Tartu_pedagoogiumi_aruanded, lk 20
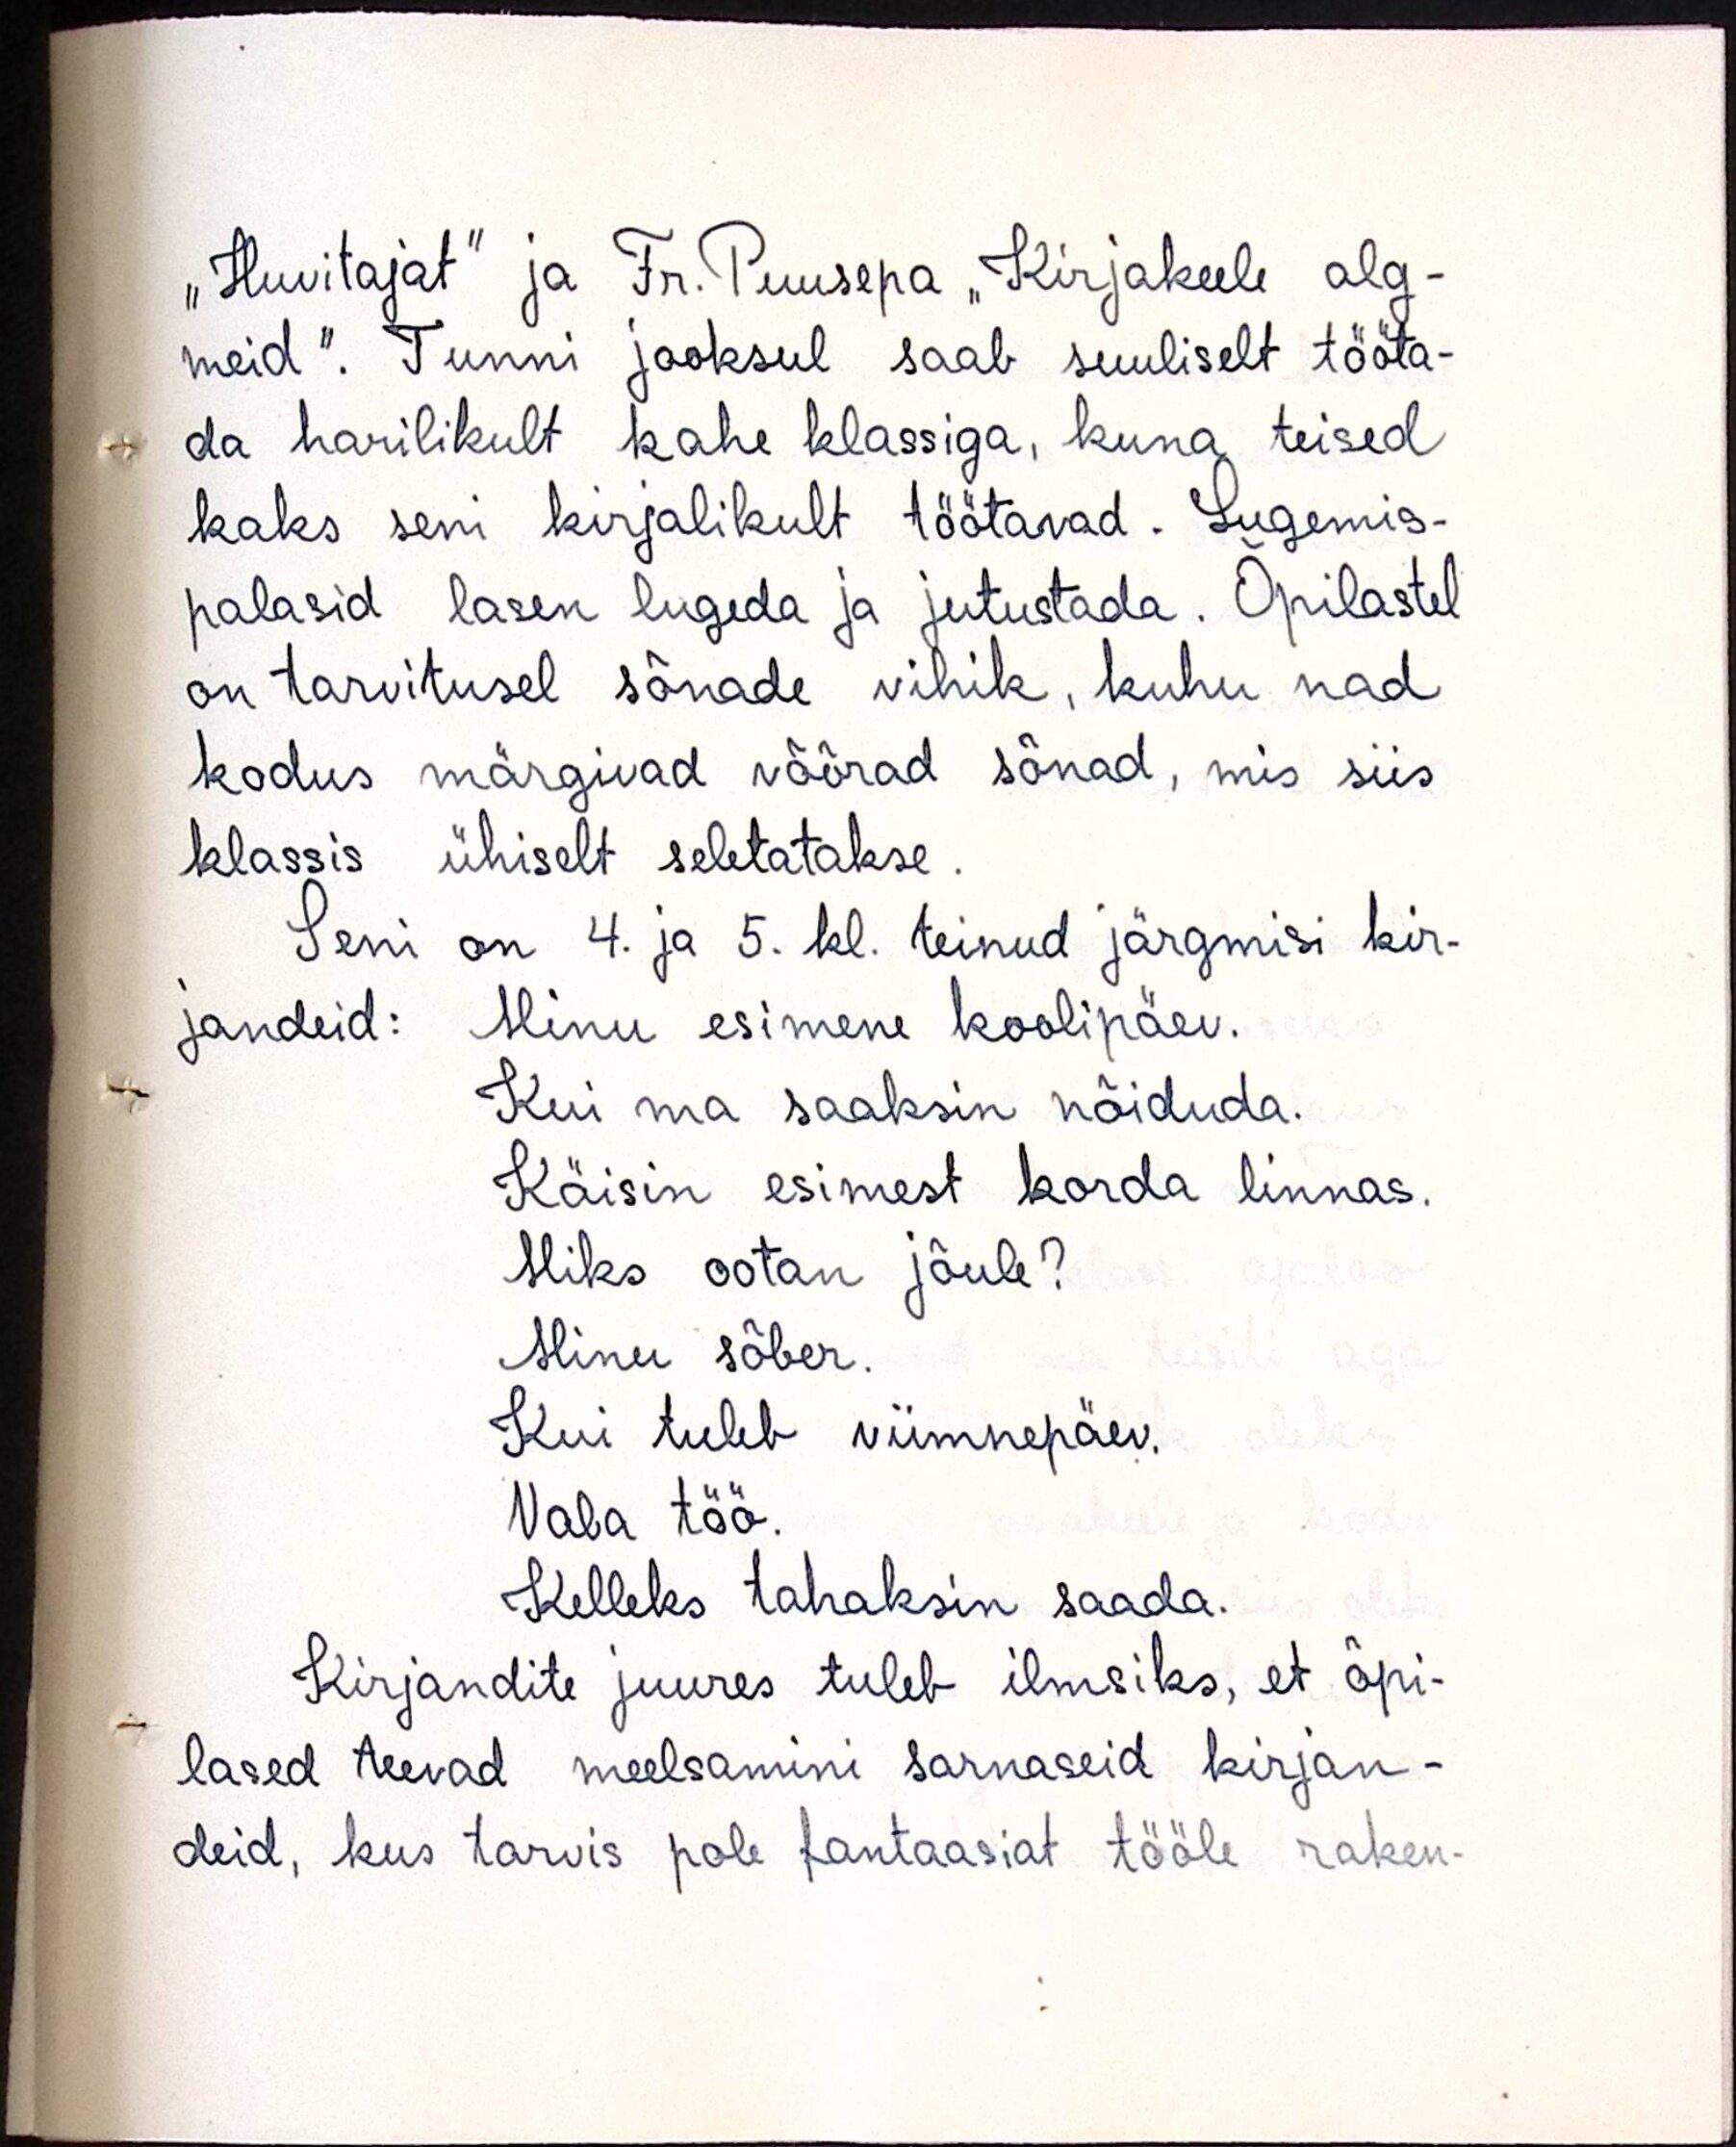
"Huvitajat" ja Fr. Puusepa "Kirjakeele alg-
meid". Tunni jooksul saab suuliselt tööta-
da harilikult kahe klassiga, kuna teised
kaks seni kirjalikult töötavad. Lugemis-
palasid lasen lugeda ja jutustada. Õpilastel
on tarvitusel sõnade vihik, kuhu nad
kodus märgivad võõrad sõnad, mis siis
klassis ühiselt seletatakse.
Seni on 4. ja 5. kl. teinud järgmisi kir-
jandeid: Minu esimene koolipäev.
Kui ma saaksin nõiduda.
Käisin esimest korda linnas.
Miks ootan jõule?
Minu sõber.
Kui tuleb viimnepäev.
Vaba töö.
Kelleks tahaksin saada.
Kirjandite juures tuleb ilmsiks, et õpi-
lased teevad meelsamini sarnaseid kirjan-
deid, kus tarvis pole fantaasiat tööle raken-